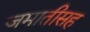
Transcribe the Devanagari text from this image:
जमातीसह